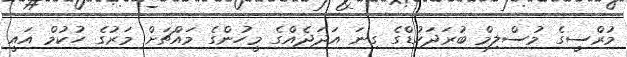
މުރްސީގެ މުސްލިމް ބުރަދަހުޑްގެ ގިނަ އަދަދެއްގެ މީހުންގެ މައްޗަށް މަރުގެ ހުކުމް އައީ